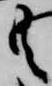
共